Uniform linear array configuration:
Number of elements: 8
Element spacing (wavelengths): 0.75
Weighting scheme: kaiser
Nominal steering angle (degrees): -15
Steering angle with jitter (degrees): -13.986
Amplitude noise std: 0.05
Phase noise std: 0.05

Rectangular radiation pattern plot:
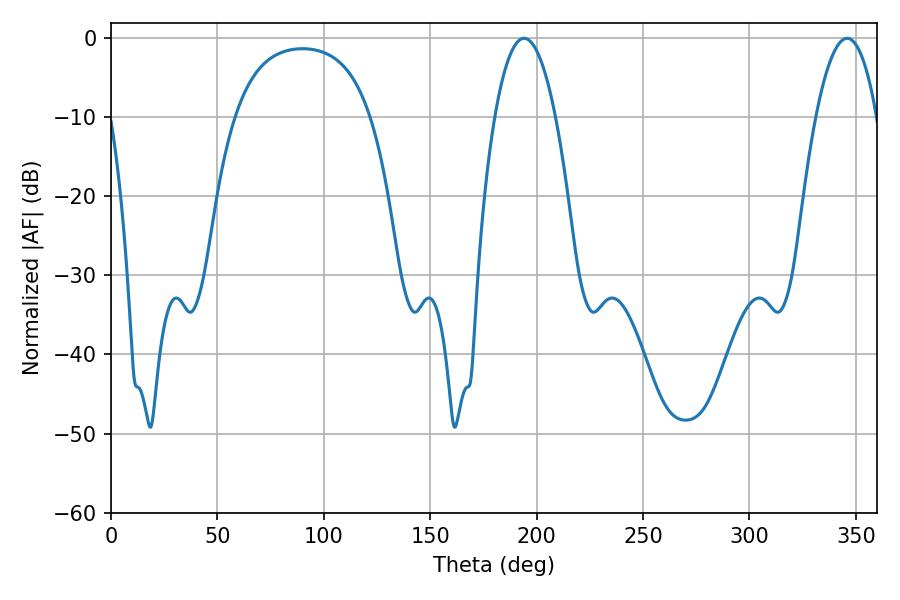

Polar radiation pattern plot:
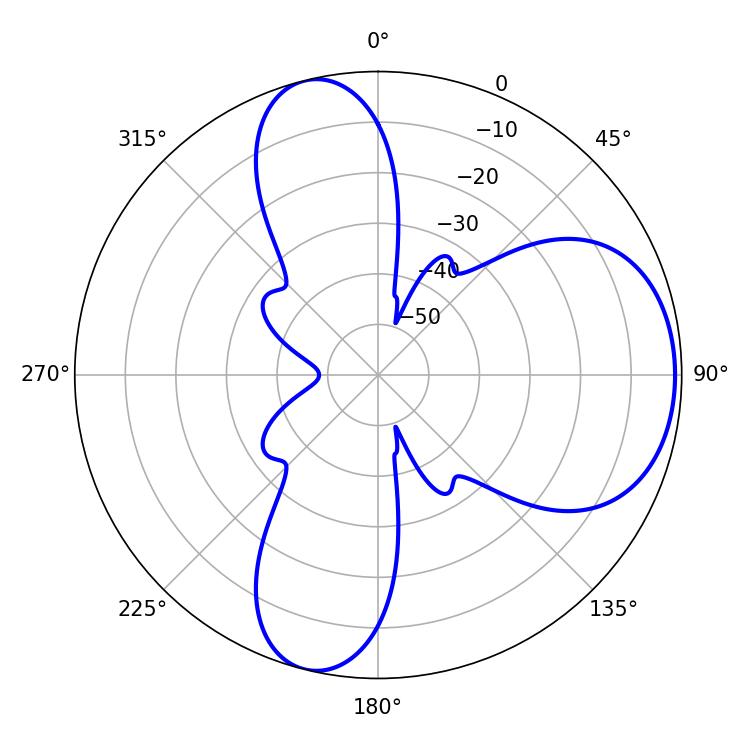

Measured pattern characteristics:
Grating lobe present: TRUE
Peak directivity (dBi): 7.068
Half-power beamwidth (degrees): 15.84
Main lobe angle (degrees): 194.04